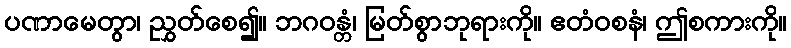
ပဏာမေတွာ၊ ညွှတ်စေ၍။ ဘဂဝန္တံ၊ မြတ်စွာဘုရားကို။ ဧတံဝစနံ၊ ဤစကားကို။